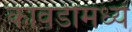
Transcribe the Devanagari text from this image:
कावडींमध्ये